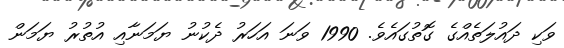
ވަކި ދައުލަތެއްގެ ގޮތުގައެވެ. 1990 ވަނަ އަހަރު ދެކުނު ޔަމަނާއި އުތުރު ޔަމަން